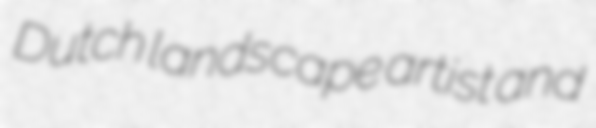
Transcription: Dutch landscape artist and